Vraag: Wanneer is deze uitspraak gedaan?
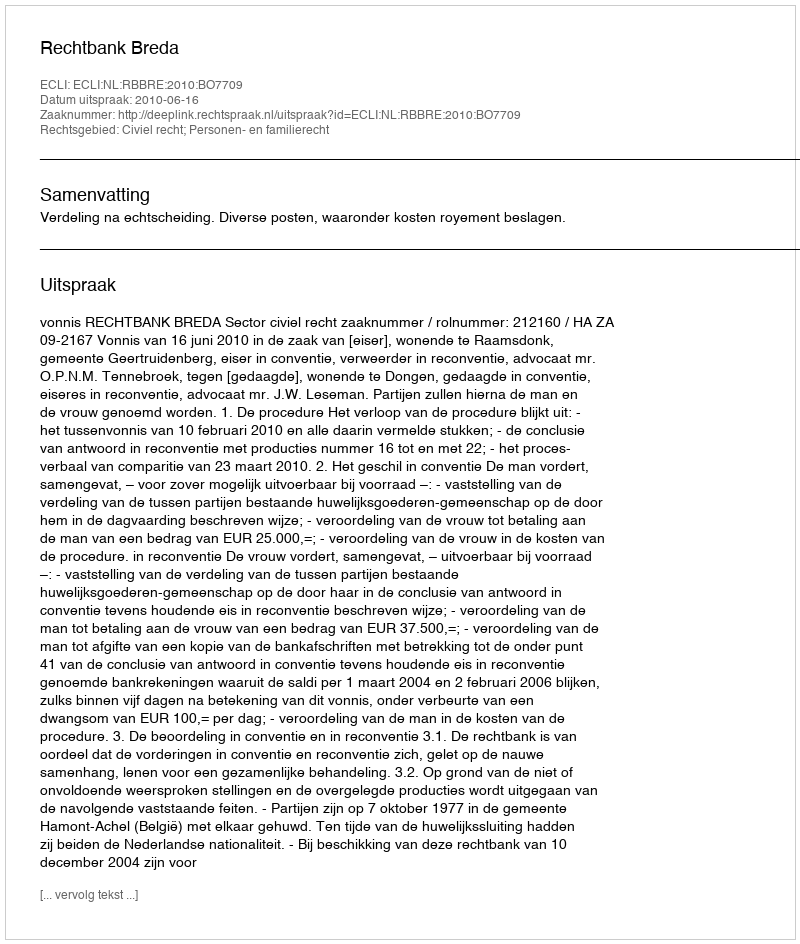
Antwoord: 2010-06-16